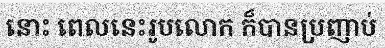
នោះ ពេលនេះរូបលោក ក៏បានប្រញាប់